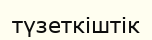
түзеткіштік